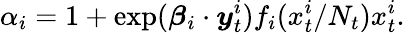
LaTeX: \alpha_{i}=1+\exp(\boldsymbol\beta_{i}\cdot\boldsymbol y_{t}^{i})f_{i}(x_{t}^{i}/N_{t})x_{t}^{i}.